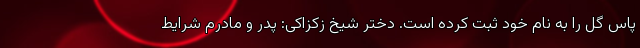
پاس گل را به نام خود ثبت کرده است. دختر شیخ زکزاکی: پدر و مادرم شرایط